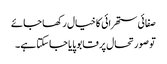
صفائی ستھرائی کا خیال رکھا جائے
تو صورتحال پر قابو پایا جاسکتا ہے۔